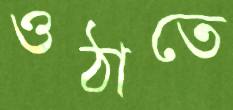
ওঠাতে